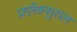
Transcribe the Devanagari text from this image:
फ़्लेक्सुराल